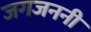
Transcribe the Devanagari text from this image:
जगजननी